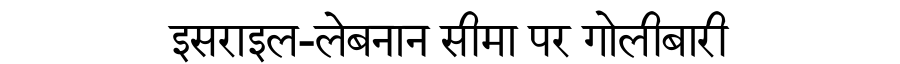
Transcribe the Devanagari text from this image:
इसराइल-लेबनान सीमा पर गोलीबारी